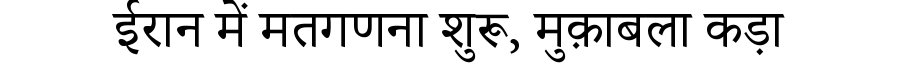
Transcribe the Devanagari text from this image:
ईरान में मतगणना शुरू, मुक़ाबला कड़ा